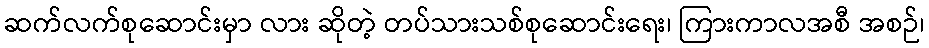
ဆက်လက်စုဆောင်းမှာ လား ဆိုတဲ့ တပ်သားသစ်စုဆောင်းရေး၊ ကြားကာလအစီ အစဉ်၊